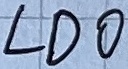
Text: LDO